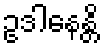
ဥဒါနေန္တိ